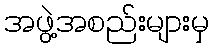
အဖွဲ့အစည်းများမှ